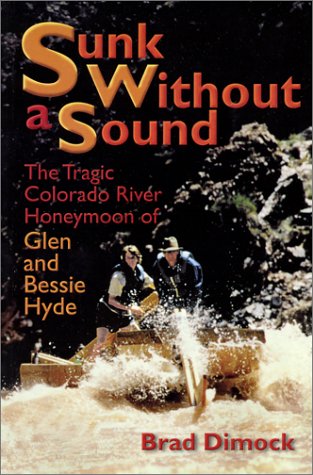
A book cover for Sunk Without a Sound : The Tragic Colorado River Honeymoon of Glen and Bessie Hyde; Brad Dimock; History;